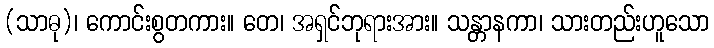
(သာဓု)၊ ကောင်းစွတကား။ တေ၊ အရှင်ဘုရားအား။ သန္တာနကာ၊ သားတည်းဟူသော